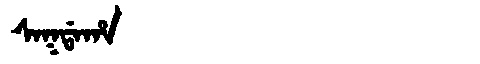
Manchu: ᠰᠠᡴᡩᠠᡥᠠ
Romanization: SAKDAHA